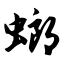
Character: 螂